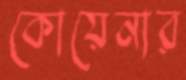
কোয়েনার